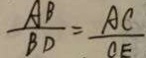
\frac { A B } { B D } = \frac { A C } { C E }